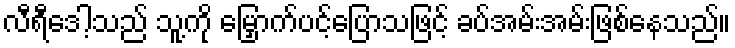
လီရီဒေါ့သည် သူ့ကို မြှောက်ပင့်ပြောသဖြင့် ခပ်အမ်းအမ်းဖြစ်နေသည်။